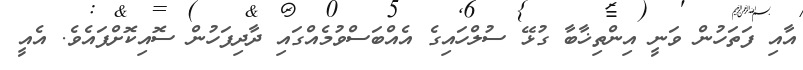
އާއި ފަތަހުން ވަނީ އިންތިޚާބާ ގުޅޭ ސުލްހައިގެ އެއްބަސްވުމެއްގައި ދާދިފަހުން ސޮއިކޮށްފައެވެ. އެއީ